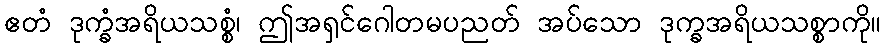
ဧတံ ဒုက္ခံအရိယသစ္စံ၊ ဤအရှင်ဂေါတမပညတ် အပ်သော ဒုက္ခအရိယသစ္စာကို။